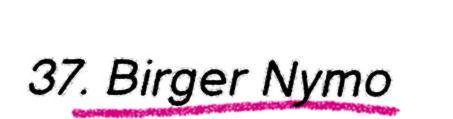
37. Birger Nymo